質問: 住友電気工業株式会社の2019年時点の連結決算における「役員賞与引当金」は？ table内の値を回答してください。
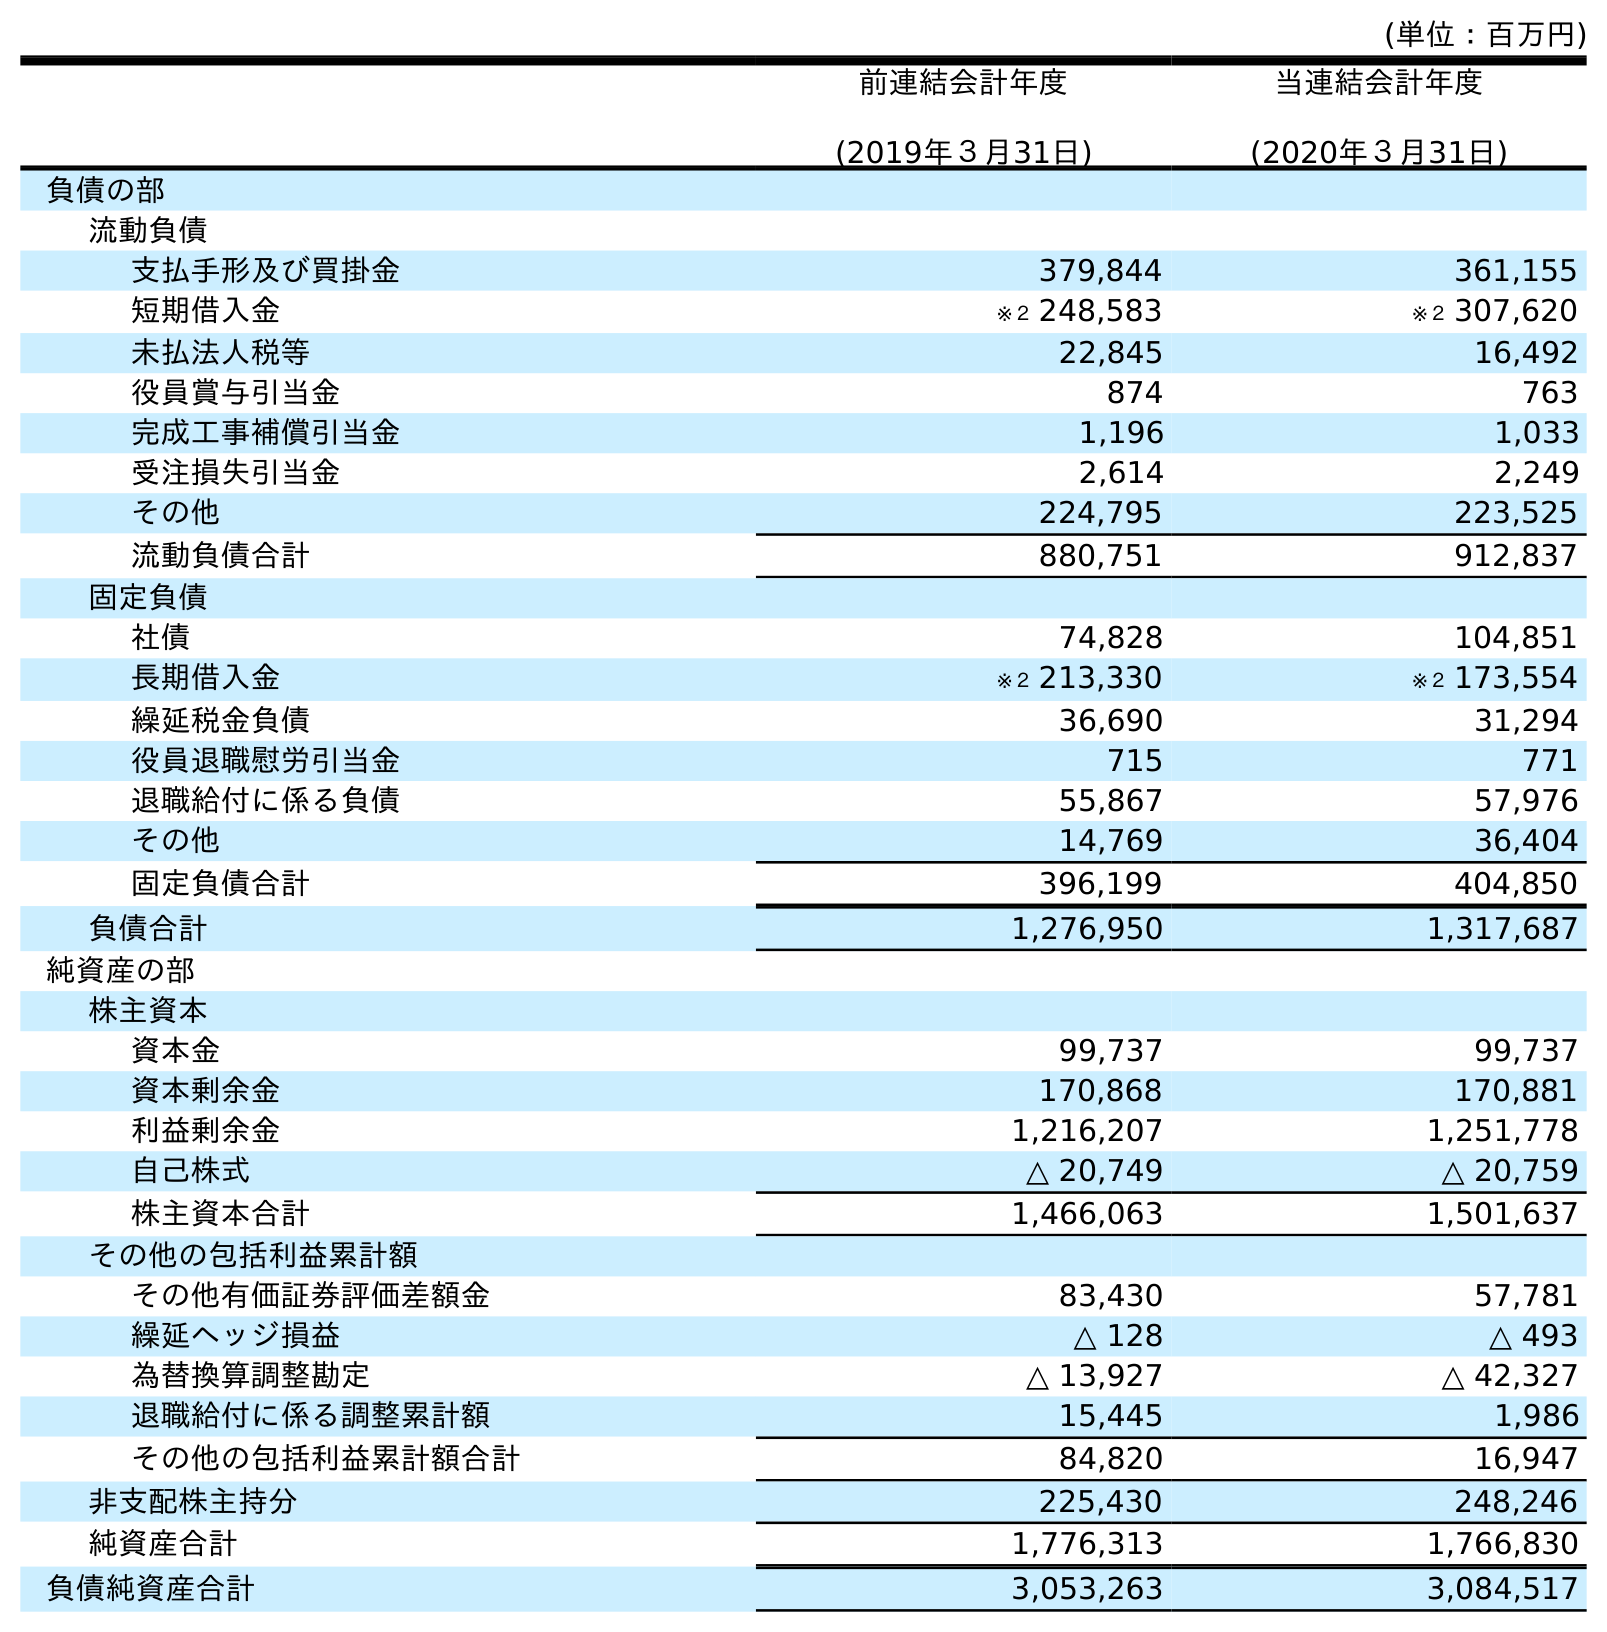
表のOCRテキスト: (単位：百万円) 前連結会計年度 (2019年３月31日) 当連結会計年度 (2020年３月31日) 負債の部 流動負債 支払手形及び買掛金 379,844 361,155 短期借入金 ※２ 248,583 ※２ 307,620 未払法人税等 22,845 16,492 役員賞与引当金 874 763 完成工事補償引当金 1,196 1,033 受注損失引当金 2,614 2,249 その他 224,795 223,525 流動負債合計 880,751 912,837 固定負債 社債 74,828 104,851 長期借入金 ※２ 213,330 ※２ 173,554 繰延税金負債 36,690 31,294 役員退職慰労引当金 715 771 退職給付に係る負債 55,867 57,976 その他 14,769 36,404 固定負債合計 396,199 404,850 負債合計 1,276,950 1,317,687 純資産の部 株主資本 資本金 99,737 99,737 資本剰余金 170,868 170,881 利益剰余金 1,216,207 1,251,778 自己株式 △ 20,749 △ 20,759 株主資本合計 1,466,063 1,501,637 その他の包括利益累計額 その他有価証券評価差額金 83,430 57,781 繰延ヘッジ損益 △ 128 △ 493 為替換算調整勘定 △ 13,927 △ 42,327 退職給付に係る調整累計額 15,445 1,986 その他の包括利益累計額合計 84,820 16,947 非支配株主持分 225,430 248,246 純資産合計 1,776,313 1,766,830 負債純資産合計 3,053,263 3,084,517
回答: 874